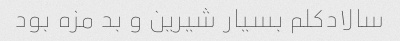
سالاد‌کلم بسیار شیرین و بد مزه بود